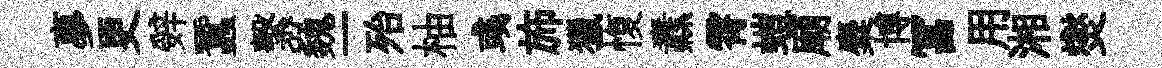
夣更辤蠶繫巍一殆柚彧斾獵愎纛霄螘廟麋博冨用湘爕